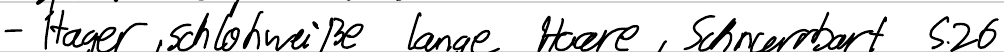
- Hager, schlohweiße lange Haare, Schnurrbart S.26